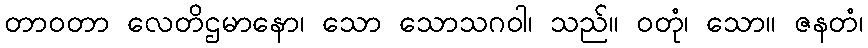
တာဝတာ လေတိဌမာနော၊ သော သောသဂဝါ၊ သည်။ ဝတုံ၊ သော။ ဇနတံ၊